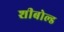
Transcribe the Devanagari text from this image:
शीबोल्ड